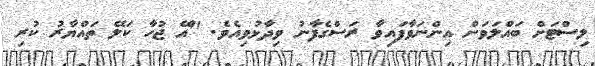
ލިސްޓަށް ބައްލަވަން އިންނަވާފައިވާ ރަސްގެފާނު ވިދާޅުވިއެވެ. "އޭ ޖުހާ ކަލޭ ތައްޔާރު ކުރި